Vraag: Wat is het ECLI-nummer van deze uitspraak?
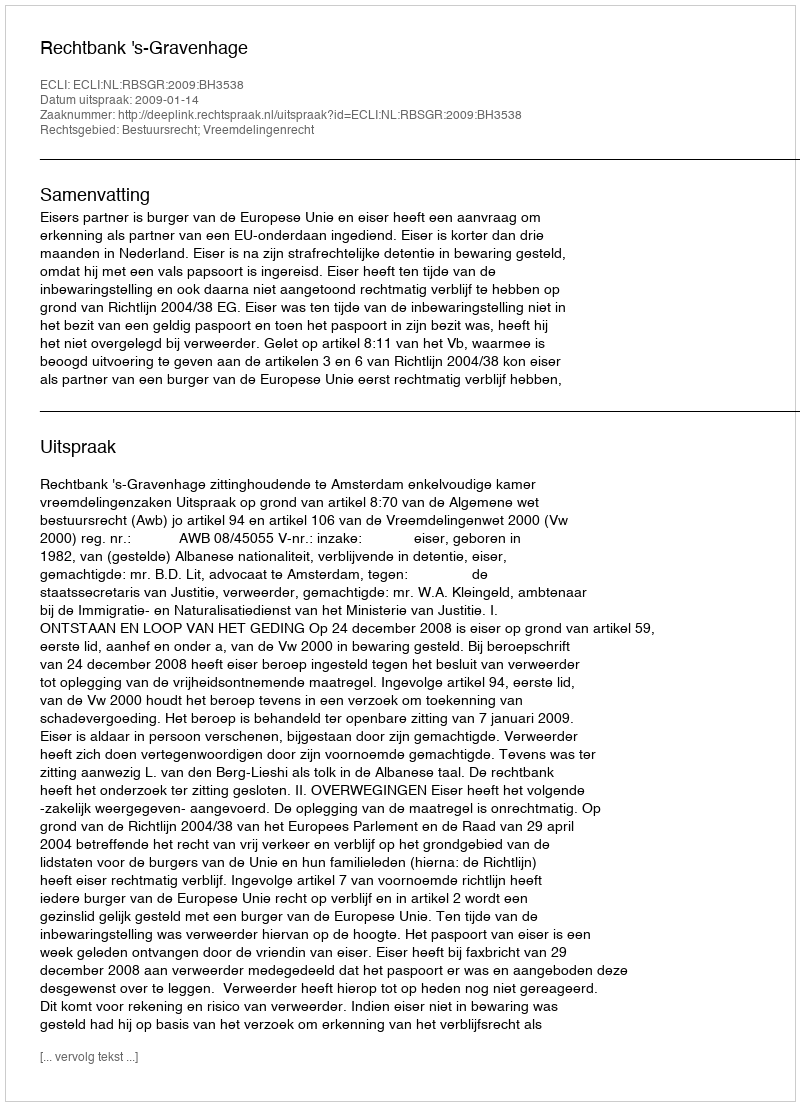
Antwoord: ECLI:NL:RBSGR:2009:BH3538